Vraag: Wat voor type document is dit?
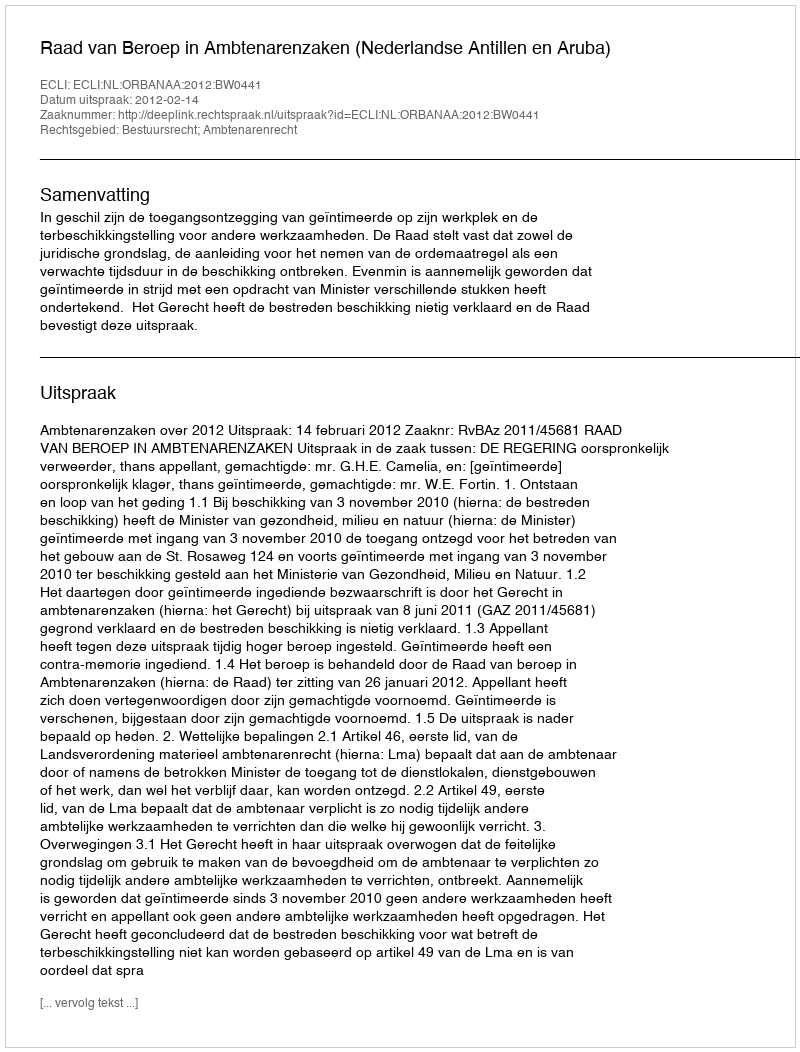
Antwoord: Uitspraak